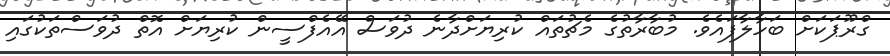
ގްރޫޕަކަށް ބަހާލާފައެވެ. މުބާރާތުގެ މެޗުތައް ކުރިޔަށްދާނެ ދުވަސް އޭއެފްސީން ކުރިޔަށް އޮތް ދުވަސްތަކުގައި